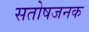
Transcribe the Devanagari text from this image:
सतोषजनक